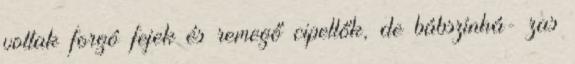
voltak forgó fejek és remegő cipellők, de bábszínhá- zas